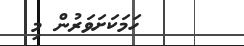
ހަމަކަށަވަރުން މި